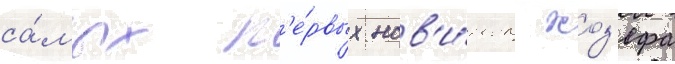
са́мых п'е́рвых нов'и́нок жоз'ефа